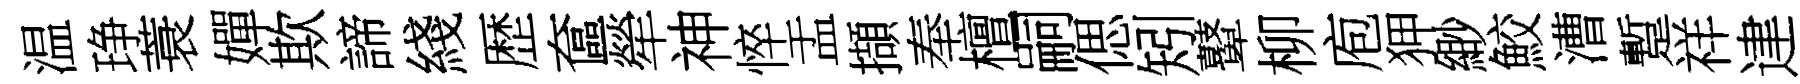
温琤蓑嬋欺諦綫歴奩犖神悴盂擷奉檀嗣偲矧鼙柳庖狎緲鮫漕蹔祥䢖